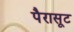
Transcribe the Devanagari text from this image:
पैरासूट